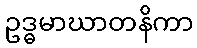
ဥဒ္ဓမာဃာတနိကာ